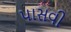
પાસવી